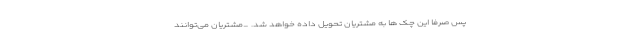
پس صرفا این چک ها به مشتریان تحویل داده خواهد شد. _مشتریان می‌توانند